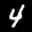
Label: 4